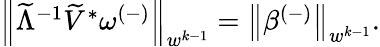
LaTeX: \begin{array}{r}{\left\lVert\widetilde{\Lambda}^{-1}\widetilde{V}^{*}\omega^{(-)}\right\rVert_{w^{k-1}}=\left\lVert\beta^{(-)}\right\rVert_{w^{k-1}}.}\end{array}